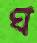
ঘ